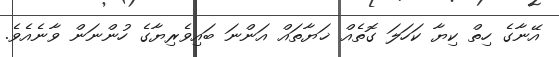
އޭނާގެ ހިތް ކިޔާ ކަހަލަ ގޮތެއް ޚަޔާތައް އަންނަ ބައިވެރިޔާގެ ހުންނަން ވާނެއެވެ.